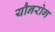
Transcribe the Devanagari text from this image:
यौनरोग